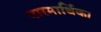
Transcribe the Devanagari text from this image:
पारमार्थिक।